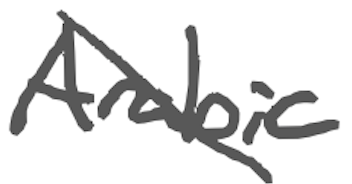
Text: Arabic
Cross-out: diagonal
Writing tool: digital_gray